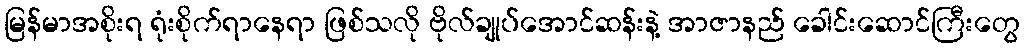
မြန်မာအစိုးရ ရုံးစိုက်ရာနေရာ ဖြစ်သလို ဗိုလ်ချုပ်အောင်ဆန်းနဲ့ အာဇာနည် ခေါင်းဆောင်ကြီးတွေ